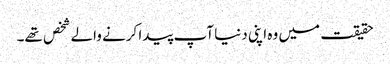
حقیقت میں وہ اپنی دنیا آپ پیدا کرنے والے شخص تھے۔